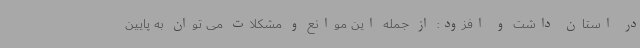
در استان داشت و افزود: از جمله این موانع و مشکلات می توان به پایین